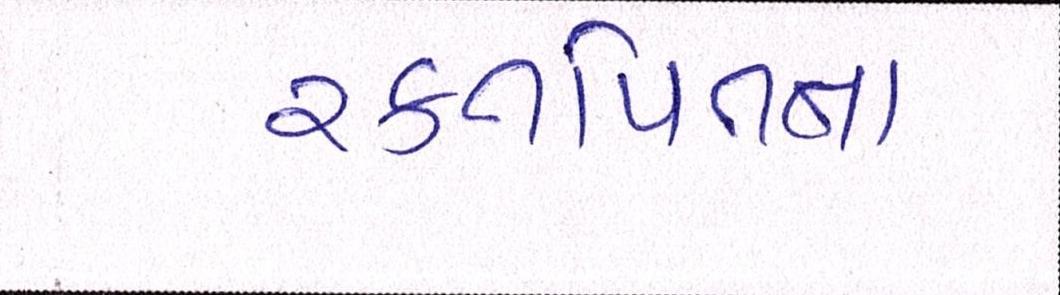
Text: રક્તપિતના